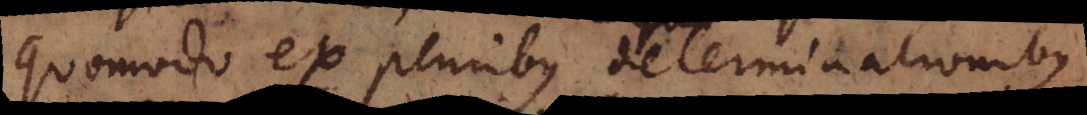
quomodo ex pluribus determinationibus